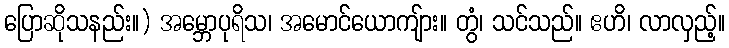
ပြောဆိုသနည်း။) အမ္ဘောပုရိသ၊ အမောင်ယောကျ်ား။ တွံ၊ သင်သည်။ ဧဟိ၊ လာလှည့်။